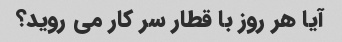
آیا هر روز با قطار سر کار می روید؟